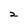
Character: 2